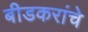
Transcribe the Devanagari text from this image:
बीडकरांचे